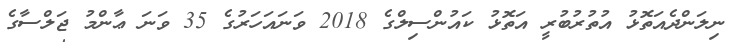
ނިލަންދެއަތޮޅު އުތުރުބުރީ އަތޮޅު ކައުންސިލްގެ 2018 ވަނައަހަރުގެ 35 ވަނަ ޢާންމު ޖަލްސާގެ